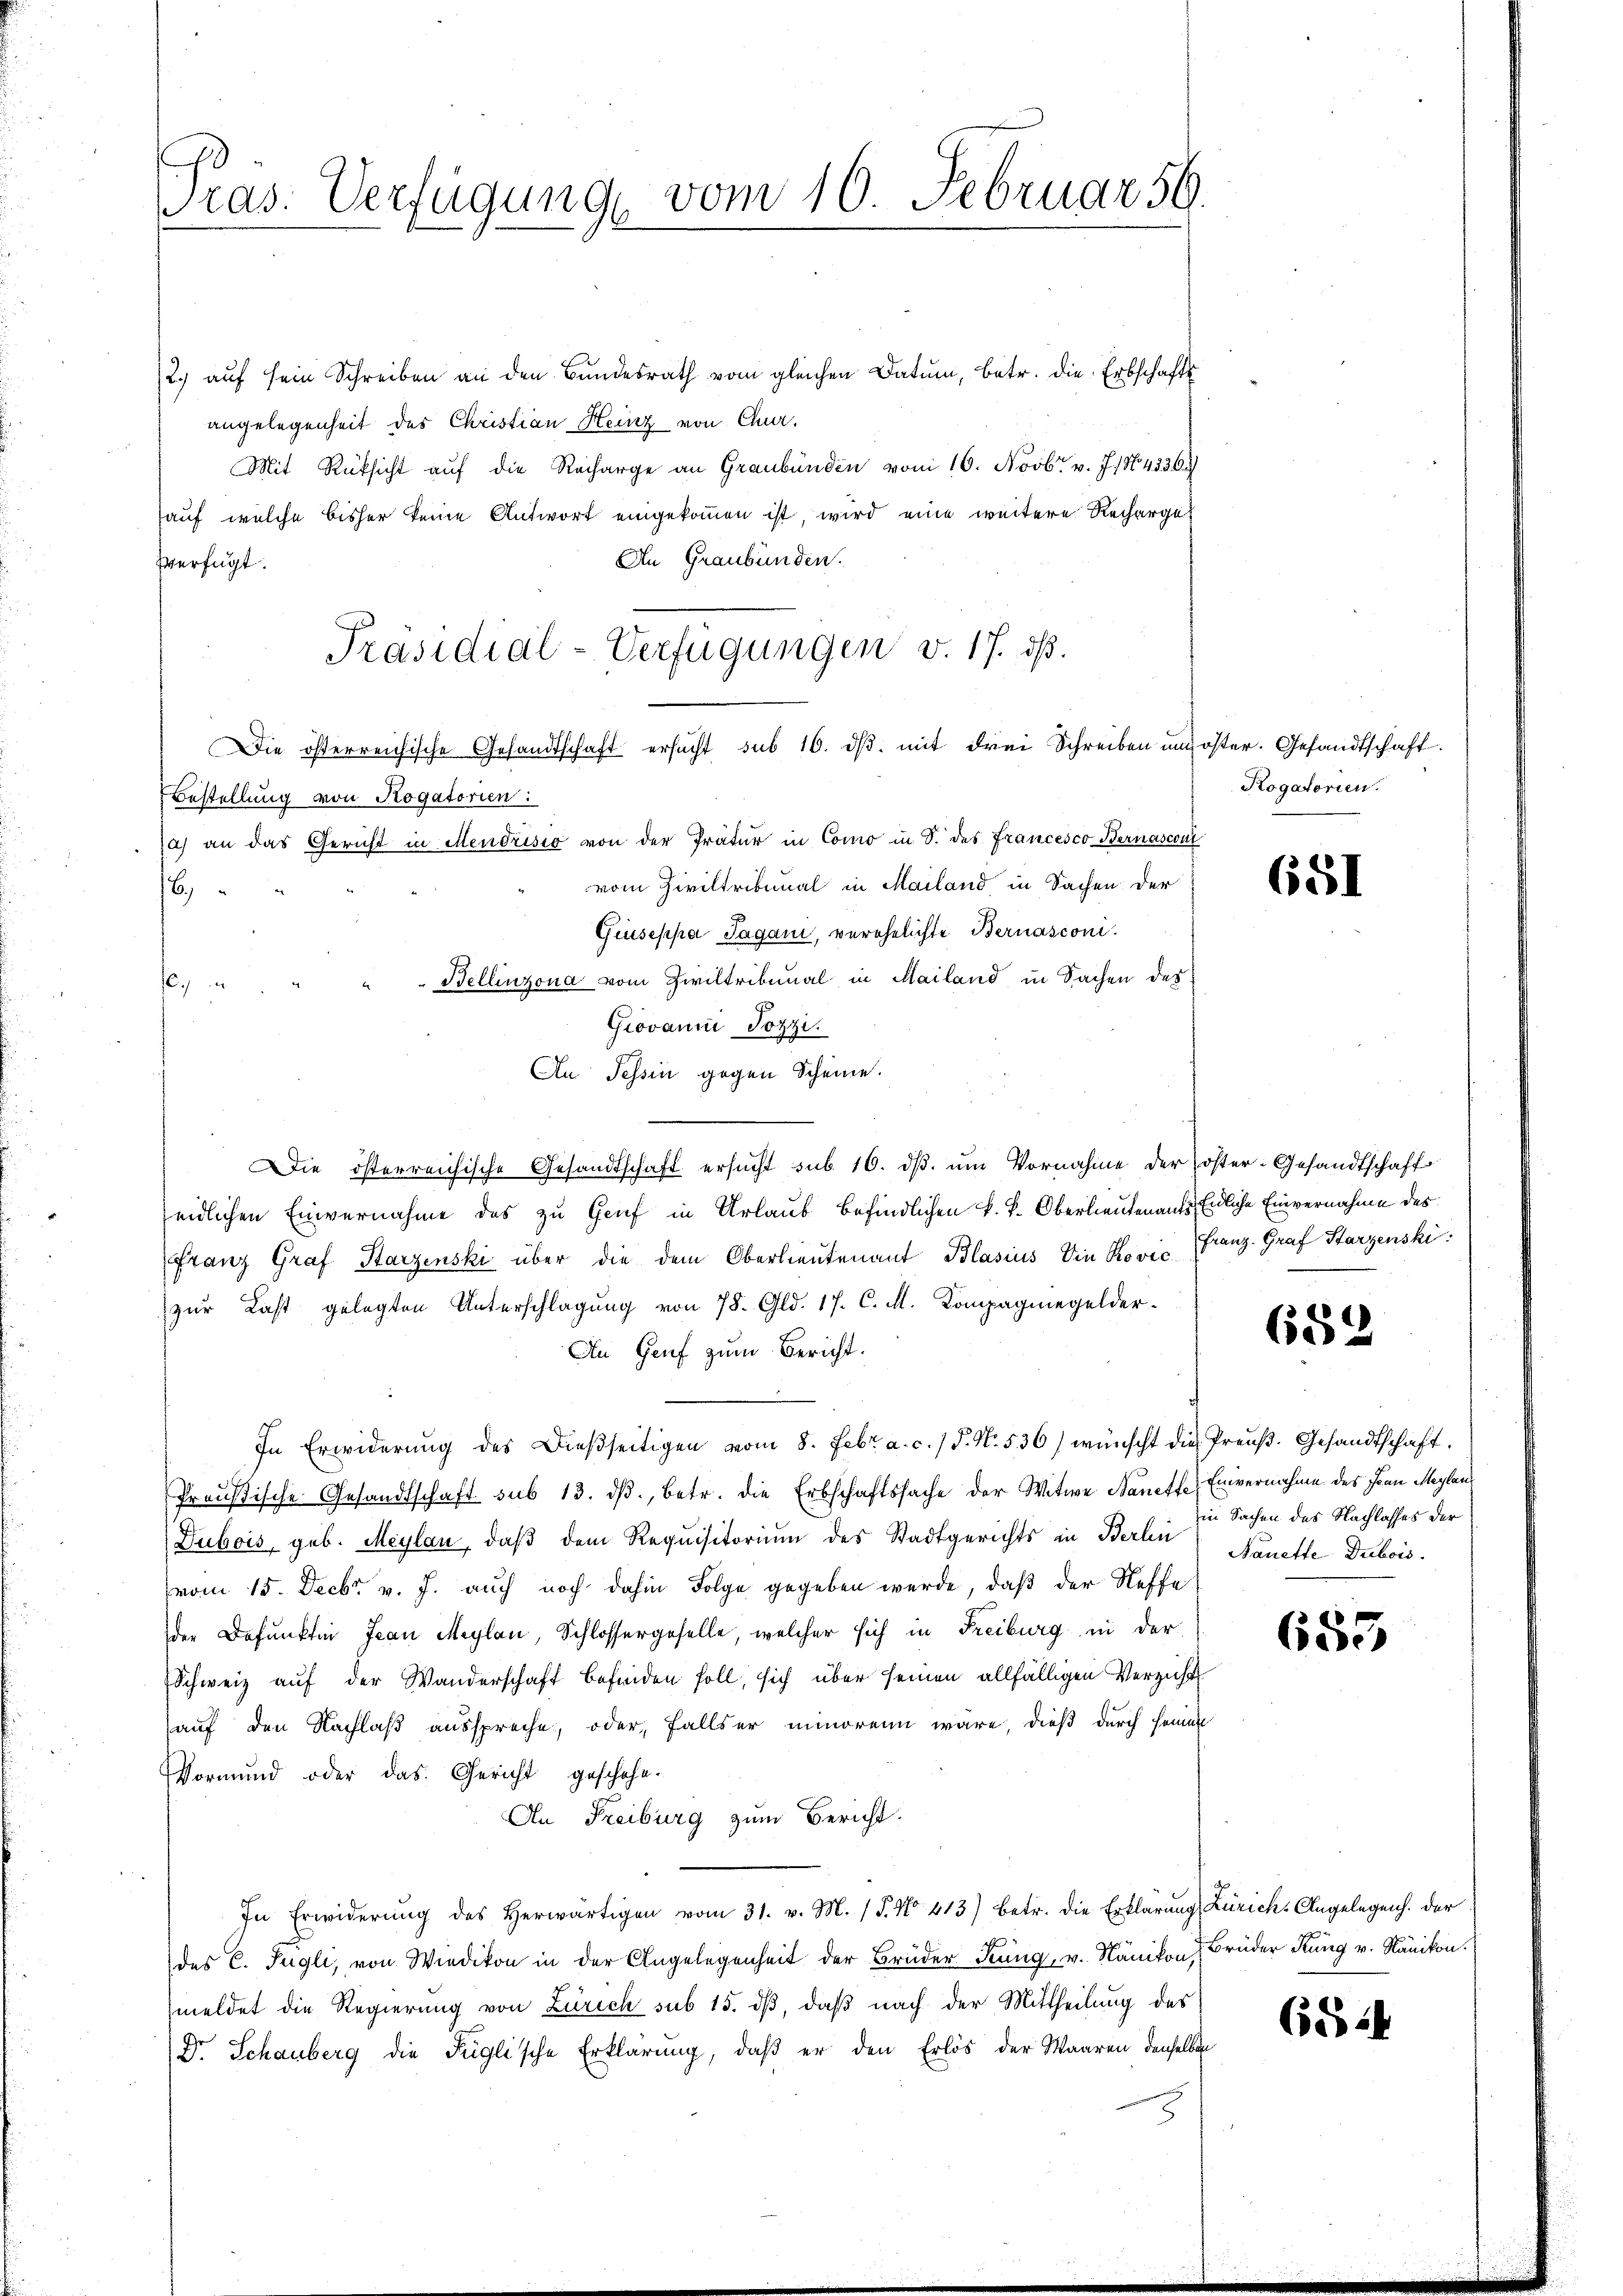
Pras. Verfügung vom 10. Februar 56.

2.) auf sein Schreiben an den Bundesrath vom gleichen Datum, betr. die Erbschafts
angelegenheit des Christian Heinz von Qua¬
Mit Rüksicht auf die Recharge an Graubünden vom 16. Novbr. v. 7. No. 43364
auf welche bisher keine Antwort eingekommen ist, wird eine weitere Recharge¬
An Graubünden.
Verfügt:
Präsidial-Verfügungen v. 17. ds.
Die österreichische Gesandtschaft ersucht sub 16. dβ mit drei Schreiben und öster. Gesandtschaft.
Bestellung von Rogatorien:
a) an das Gericht in Mendrisio von der Pratur in Como in S. des Francesco Bernasconi
vom Ziviltribunal in Mailand in Sachen der
6.)
Giuseppa Jagani, verehelichte Bernasconi.
Bellinzona vom Ziviltribunal in Mailand in Sachen des
,
Giovanić Jozzi.
An Tessin gegen Scheine.
Die österreichische Gesandtschaft ersucht sub 16. dβ. um Vornahme der öster-Gesandtschaft
eidlichen Einvernahme des zu Genf in Urlaub befindlichen k. k. Oberlieutenaufs Endliche Einvernahme des
Franz Graf Harzenski über die dem Oberlieutenant Blasius in Rovic Franz. Graf Starzenski
zur Last gelegten Unterschlagung von 78. Gld. 17. C. M. Kompagniegelder-
An Genf zum Bericht.
In Erwiderŭng des Dießseitigen vom 8. Febr. a. c. / P. Nr. 536) wünscht die Preuß. Gesandtschaft.
Preußische Gesandtschaft sub 13. dβ, betr. die Erbschaftssache der Witwe Nanette Einvernahme des Frau Maylan
Dubois, geb. Meylau, daβ dem Requisitorium des Stadtgerichts in Berlin Nanette Dubois
vom 15. Decbr v. J. auch noch dahin Folge gegeben werde, daß der Neffe
der Befunkten Jean Maylan, Schlossergeselle, welcher sich in Freiburg in der
Schweiz auf der Wanderschaft befinden soll, sich über seinen allfälligen Verzicht
auf den Nachlaß ausspreche, oder, fallser minorenn wäre, dieß durch seiner
Vormund oder das Gericht geschehe-
An Freiburg zum Bericht.
In Erwiderŭng des herwärtigen vom 31. v. M. (T. No. 413) betr. die Erklärŭng Zürich-Angelegens der
des C. Tugli, von Wiedikon in der Angelegenheit der Brüder Küng, u. Nänikon, Brüder Rung v. Nänikon.
meldet die Regierung von Zürich sub 15. dβ, daß nach der Mittheilung des
Dr. Schauberg die Füglische Erklärung, daß er den Erlös der Waaren denselben

Kogatorien.

651

652

in Sachen des Nachlasses der

653

6524